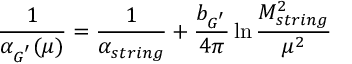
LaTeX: { \frac { 1 } { \alpha _ { G ^ { ' } } ( \mu ) } } = { \frac { 1 } { \alpha _ { s t r i n g } } } + \frac { b _ { G ^ { ' } } } { 4 \pi } \ln \frac { M _ { s t r i n g } ^ { 2 } } { \mu ^ { 2 } }